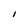
Character: I